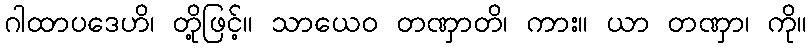
ဂါထာပဒေဟိ၊ တို့ဖြင့်။ သာယေဝ တဏှာတိ၊ ကား။ ယာ တဏှာ၊ ကို။